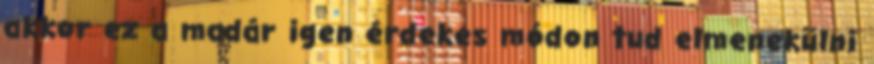
akkor ez a madár igen érdekes módon tud elmenekülni